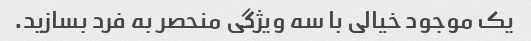
یک موجود خیالی با سه ویژگی منحصر به فرد بسازید.